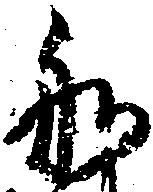
船